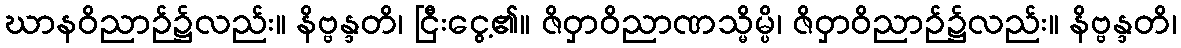
ဃာနဝိညာဉ်၌လည်း။ နိဗ္ဗန္ဒတိ၊ ငြီးငွေ့၏။ ဇိဝှာဝိညာဏသ္မိမ္ပိ၊ ဇိဝှာဝိညာဉ်၌လည်း။ နိဗ္ဗန္ဒတိ၊